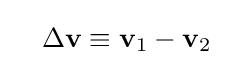
\quad \Delta \mathbf {v} \equiv \mathbf {v} _{1}-\mathbf {v} _{2}